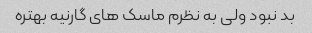
بد نبود ولی به نظرم ماسک های گارنیه بهتره